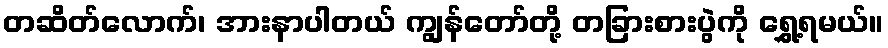
တဆိတ်လောက်၊ အားနာပါတယ် ကျွန်တော်တို့ တခြားစားပွဲကို ရွှေ့ရမယ်။